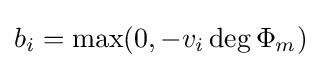
b_{i}=\max(0,-v_{i}\deg \Phi _{m})